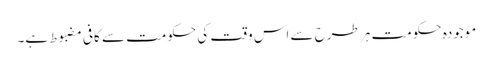
موجودہ حکومت ہر طرح سے اس وقت کی حکومت سے کافی مضبوط ہے۔